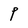
Character: P